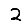
Digit: 2